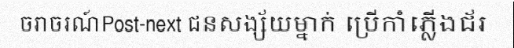
ចរាចរណ៍Post-next ជនសង្ស័យម្នាក់ ប្រើកាំភ្លើងជ័រ